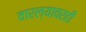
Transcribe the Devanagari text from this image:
वारल्यावरही